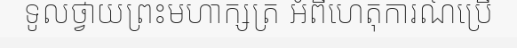
ទូលថ្វាយព្រះមហាក្សត្រ អំពីហេតុការណ៍ប្រើ